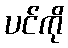
ပင်ကို